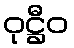
ဝုဋ္ဌီဝ